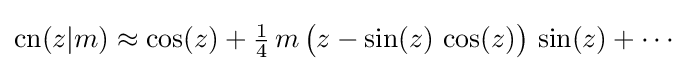
\operatorname {cn} (z|m)\approx \cos(z)+{\tfrac {1}{4}}\,m\,{\bigl (}z-\sin(z)\,\cos(z){\bigr )}\,\sin(z)+\cdots